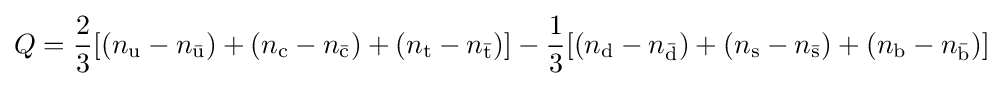
Q={\frac {2}{3}}[(n_{\text{u}}-n_{\bar {\text{u}}})+(n_{\text{c}}-n_{\bar {\text{c}}})+(n_{\text{t}}-n_{\bar {\text{t}}})]-{\frac {1}{3}}[(n_{\text{d}}-n_{\bar {\text{d}}})+(n_{\text{s}}-n_{\bar {\text{s}}})+(n_{\text{b}}-n_{\bar {\text{b}}})]